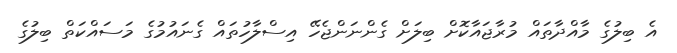
އެ ބިލުގެ މާއްދާތައް މުރާޖައާކޮށް ބިލަށް ގެންނަންޖެހޭ އިސްލާހުތައް ގެނައުމުގެ މަސައްކަތް ބިލުގެ